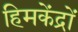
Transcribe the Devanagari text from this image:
हिमकेंद्रों